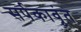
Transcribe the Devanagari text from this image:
सर्पकावूंत